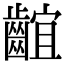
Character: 𪘲